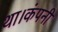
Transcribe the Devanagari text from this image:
था।कंपनी